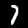
Digit: 7